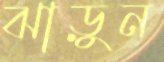
ঝাড়ুন